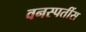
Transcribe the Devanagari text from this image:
वनस्पतींस